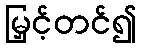
မြှင့်တင်၍